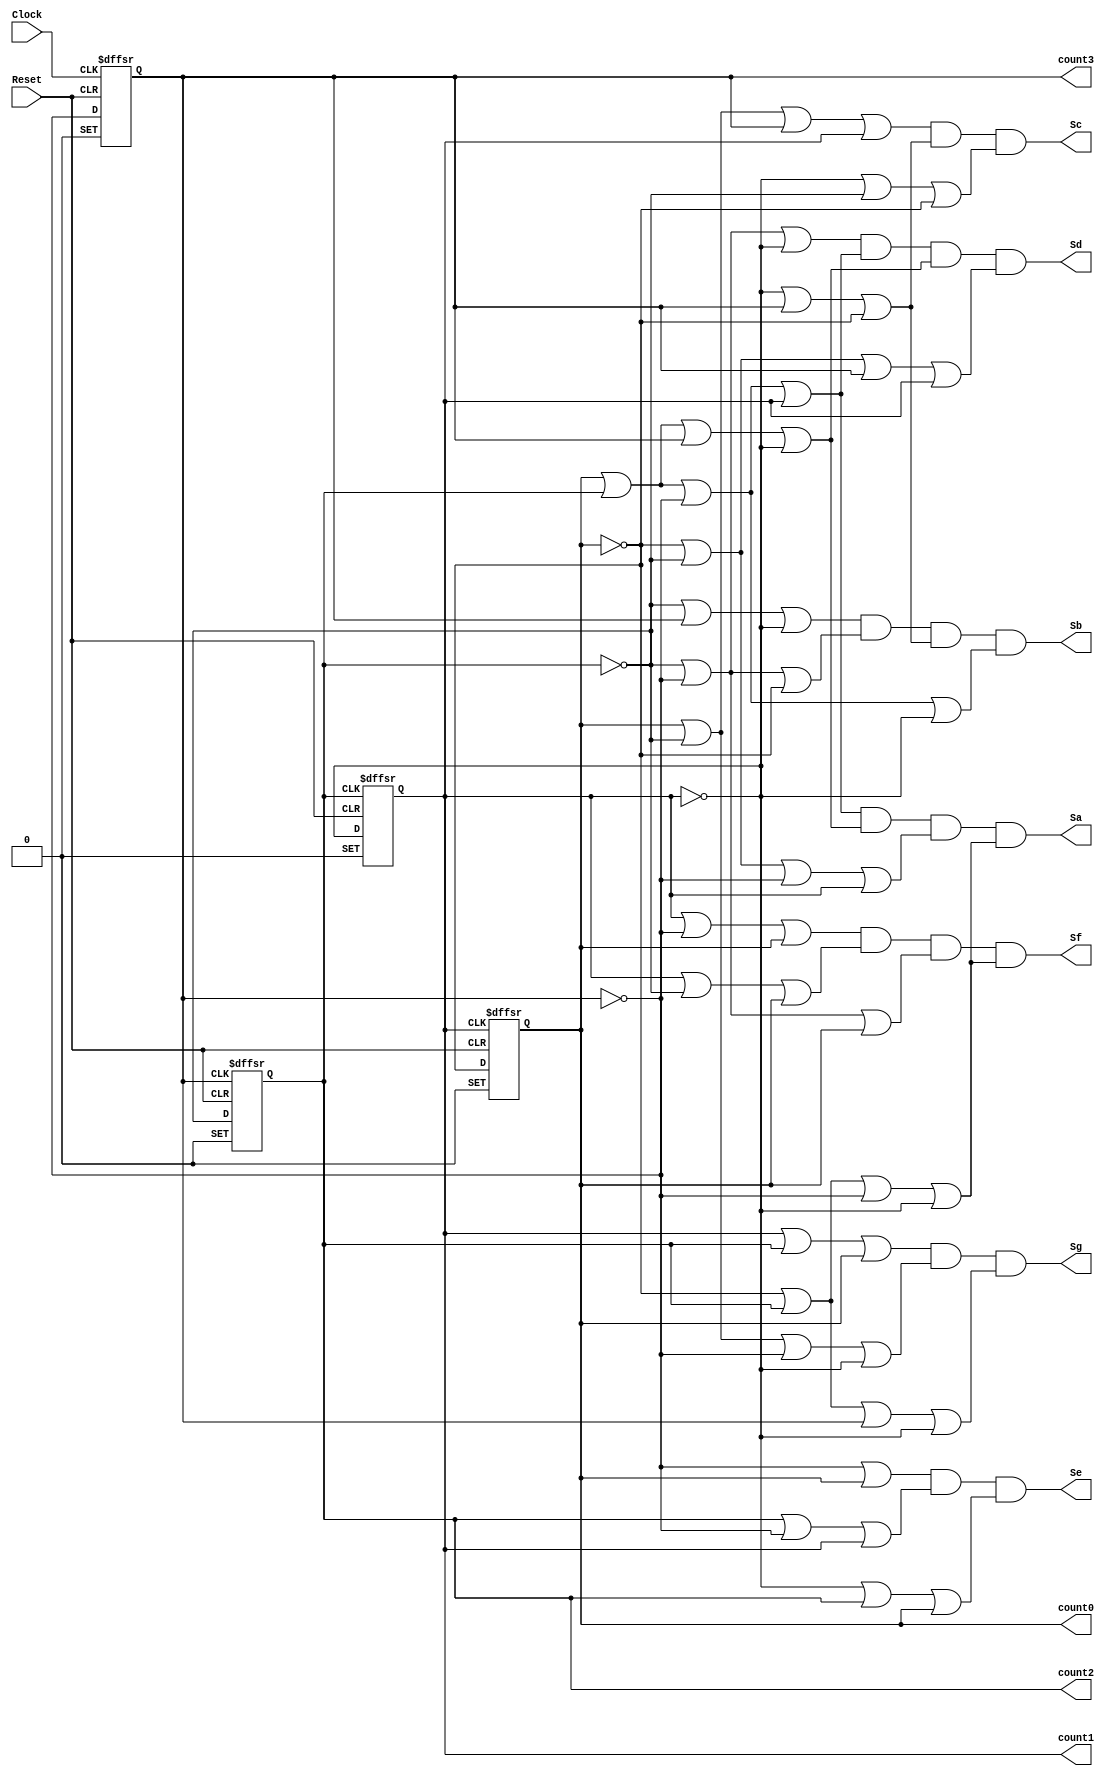
// Copyright (C) 2023  Intel Corporation. All rights reserved.
// Your use of Intel Corporation's design tools, logic functions 
// and other software and tools, and any partner logic 
// functions, and any output files from any of the foregoing 
// (including device programming or simulation files), and any 
// associated documentation or information are expressly subject 
// to the terms and conditions of the Intel Program License 
// Subscription Agreement, the Intel Quartus Prime License Agreement,
// the Intel FPGA IP License Agreement, or other applicable license
// agreement, including, without limitation, that your use is for
// the sole purpose of programming logic devices manufactured by
// Intel and sold by Intel or its authorized distributors.  Please
// refer to the applicable agreement for further details, at
// https://fpgasoftware.intel.com/eula.

// PROGRAM		"Quartus Prime"
// VERSION		"Version 22.1std.2 Build 922 07/20/2023 SC Lite Edition"
// CREATED		"Tue Oct  3 16:21:13 2023"

module HD3(
	Reset,
	Clock,
	Sb,
	Sc,
	Sd,
	Se,
	Sf,
	Sg,
	Sa,
	count3,
	count2,
	count1,
	count0
);


input wire	Reset;
input wire	Clock;
output wire	Sb;
output wire	Sc;
output wire	Sd;
output wire	Se;
output wire	Sf;
output wire	Sg;
output wire	Sa;
output wire	count3;
output wire	count2;
output wire	count1;
output wire	count0;

reg	SYNTHESIZED_WIRE_81;
reg	SYNTHESIZED_WIRE_82;
wire	SYNTHESIZED_WIRE_83;
wire	SYNTHESIZED_WIRE_1;
wire	SYNTHESIZED_WIRE_84;
wire	SYNTHESIZED_WIRE_85;
reg	SYNTHESIZED_WIRE_86;
wire	SYNTHESIZED_WIRE_87;
wire	SYNTHESIZED_WIRE_88;
wire	SYNTHESIZED_WIRE_89;
reg	SYNTHESIZED_WIRE_90;
wire	SYNTHESIZED_WIRE_91;
wire	SYNTHESIZED_WIRE_15;
wire	SYNTHESIZED_WIRE_16;
wire	SYNTHESIZED_WIRE_17;
wire	SYNTHESIZED_WIRE_18;
wire	SYNTHESIZED_WIRE_92;
wire	SYNTHESIZED_WIRE_52;
wire	SYNTHESIZED_WIRE_53;
wire	SYNTHESIZED_WIRE_54;
wire	SYNTHESIZED_WIRE_55;
wire	SYNTHESIZED_WIRE_56;
wire	SYNTHESIZED_WIRE_57;
wire	SYNTHESIZED_WIRE_58;
wire	SYNTHESIZED_WIRE_59;
wire	SYNTHESIZED_WIRE_60;
wire	SYNTHESIZED_WIRE_61;
wire	SYNTHESIZED_WIRE_62;
wire	SYNTHESIZED_WIRE_63;
wire	SYNTHESIZED_WIRE_64;
wire	SYNTHESIZED_WIRE_65;
wire	SYNTHESIZED_WIRE_66;
wire	SYNTHESIZED_WIRE_67;
wire	SYNTHESIZED_WIRE_68;
wire	SYNTHESIZED_WIRE_77;
wire	SYNTHESIZED_WIRE_78;
wire	SYNTHESIZED_WIRE_79;
wire	SYNTHESIZED_WIRE_80;

assign	count3 = SYNTHESIZED_WIRE_90;
assign	count2 = SYNTHESIZED_WIRE_86;
assign	count1 = SYNTHESIZED_WIRE_82;
assign	count0 = SYNTHESIZED_WIRE_81;
assign	SYNTHESIZED_WIRE_84 = 1;



assign	SYNTHESIZED_WIRE_91 =  ~SYNTHESIZED_WIRE_81;

assign	SYNTHESIZED_WIRE_88 =  ~SYNTHESIZED_WIRE_82;


always@(posedge SYNTHESIZED_WIRE_83 or negedge Reset or negedge SYNTHESIZED_WIRE_84)
begin
if (!Reset)
	begin
	SYNTHESIZED_WIRE_81 <= 0;
	end
else
if (!SYNTHESIZED_WIRE_84)
	begin
	SYNTHESIZED_WIRE_81 <= 1;
	end
else
	begin
	SYNTHESIZED_WIRE_81 <= SYNTHESIZED_WIRE_1;
	end
end


always@(posedge Clock or negedge Reset or negedge SYNTHESIZED_WIRE_84)
begin
if (!Reset)
	begin
	SYNTHESIZED_WIRE_90 <= 0;
	end
else
if (!SYNTHESIZED_WIRE_84)
	begin
	SYNTHESIZED_WIRE_90 <= 1;
	end
else
	begin
	SYNTHESIZED_WIRE_90 <= SYNTHESIZED_WIRE_85;
	end
end

assign	SYNTHESIZED_WIRE_18 = SYNTHESIZED_WIRE_81 | SYNTHESIZED_WIRE_86 | SYNTHESIZED_WIRE_87 | SYNTHESIZED_WIRE_88;

assign	SYNTHESIZED_WIRE_58 = SYNTHESIZED_WIRE_81 | SYNTHESIZED_WIRE_89 | SYNTHESIZED_WIRE_90 | SYNTHESIZED_WIRE_82;

assign	SYNTHESIZED_WIRE_15 = SYNTHESIZED_WIRE_89 | SYNTHESIZED_WIRE_90 | SYNTHESIZED_WIRE_88;

assign	SYNTHESIZED_WIRE_16 = SYNTHESIZED_WIRE_89 | SYNTHESIZED_WIRE_87 | SYNTHESIZED_WIRE_91;

assign	SYNTHESIZED_WIRE_17 = SYNTHESIZED_WIRE_88 | SYNTHESIZED_WIRE_90 | SYNTHESIZED_WIRE_91;

assign	Sb = SYNTHESIZED_WIRE_15 & SYNTHESIZED_WIRE_16 & SYNTHESIZED_WIRE_17 & SYNTHESIZED_WIRE_18;

assign	SYNTHESIZED_WIRE_59 = SYNTHESIZED_WIRE_88 | SYNTHESIZED_WIRE_90 | SYNTHESIZED_WIRE_91;

assign	SYNTHESIZED_WIRE_60 = SYNTHESIZED_WIRE_88 | SYNTHESIZED_WIRE_89 | SYNTHESIZED_WIRE_91;

assign	SYNTHESIZED_WIRE_89 =  ~SYNTHESIZED_WIRE_86;

assign	SYNTHESIZED_WIRE_61 = SYNTHESIZED_WIRE_89 | SYNTHESIZED_WIRE_87 | SYNTHESIZED_WIRE_88;

assign	SYNTHESIZED_WIRE_62 = SYNTHESIZED_WIRE_81 | SYNTHESIZED_WIRE_86 | SYNTHESIZED_WIRE_87 | SYNTHESIZED_WIRE_82;

assign	SYNTHESIZED_WIRE_63 = SYNTHESIZED_WIRE_81 | SYNTHESIZED_WIRE_86 | SYNTHESIZED_WIRE_90 | SYNTHESIZED_WIRE_88;

assign	SYNTHESIZED_WIRE_64 = SYNTHESIZED_WIRE_91 | SYNTHESIZED_WIRE_89 | SYNTHESIZED_WIRE_90 | SYNTHESIZED_WIRE_82;

assign	SYNTHESIZED_WIRE_56 = SYNTHESIZED_WIRE_86 | SYNTHESIZED_WIRE_87 | SYNTHESIZED_WIRE_82;

assign	SYNTHESIZED_WIRE_57 = SYNTHESIZED_WIRE_88 | SYNTHESIZED_WIRE_86 | SYNTHESIZED_WIRE_81;

assign	SYNTHESIZED_WIRE_55 = SYNTHESIZED_WIRE_87 | SYNTHESIZED_WIRE_81;

assign	SYNTHESIZED_WIRE_65 = SYNTHESIZED_WIRE_82 | SYNTHESIZED_WIRE_87 | SYNTHESIZED_WIRE_81;

assign	SYNTHESIZED_WIRE_66 = SYNTHESIZED_WIRE_82 | SYNTHESIZED_WIRE_89 | SYNTHESIZED_WIRE_81;

assign	SYNTHESIZED_WIRE_67 = SYNTHESIZED_WIRE_89 | SYNTHESIZED_WIRE_87 | SYNTHESIZED_WIRE_81;

assign	SYNTHESIZED_WIRE_87 =  ~SYNTHESIZED_WIRE_90;

assign	SYNTHESIZED_WIRE_68 = SYNTHESIZED_WIRE_91 | SYNTHESIZED_WIRE_86 | SYNTHESIZED_WIRE_87 | SYNTHESIZED_WIRE_88;

assign	SYNTHESIZED_WIRE_53 = SYNTHESIZED_WIRE_81 | SYNTHESIZED_WIRE_89 | SYNTHESIZED_WIRE_87 | SYNTHESIZED_WIRE_88;

assign	SYNTHESIZED_WIRE_54 = SYNTHESIZED_WIRE_91 | SYNTHESIZED_WIRE_86 | SYNTHESIZED_WIRE_90 | SYNTHESIZED_WIRE_88;


always@(posedge SYNTHESIZED_WIRE_85 or negedge Reset or negedge SYNTHESIZED_WIRE_84)
begin
if (!Reset)
	begin
	SYNTHESIZED_WIRE_86 <= 0;
	end
else
if (!SYNTHESIZED_WIRE_84)
	begin
	SYNTHESIZED_WIRE_86 <= 1;
	end
else
	begin
	SYNTHESIZED_WIRE_86 <= SYNTHESIZED_WIRE_92;
	end
end

assign	SYNTHESIZED_WIRE_52 = SYNTHESIZED_WIRE_82 | SYNTHESIZED_WIRE_86 | SYNTHESIZED_WIRE_81;


always@(posedge SYNTHESIZED_WIRE_92 or negedge Reset or negedge SYNTHESIZED_WIRE_84)
begin
if (!Reset)
	begin
	SYNTHESIZED_WIRE_82 <= 0;
	end
else
if (!SYNTHESIZED_WIRE_84)
	begin
	SYNTHESIZED_WIRE_82 <= 1;
	end
else
	begin
	SYNTHESIZED_WIRE_82 <= SYNTHESIZED_WIRE_83;
	end
end

assign	SYNTHESIZED_WIRE_1 =  ~SYNTHESIZED_WIRE_81;

assign	SYNTHESIZED_WIRE_83 =  ~SYNTHESIZED_WIRE_82;

assign	SYNTHESIZED_WIRE_85 =  ~SYNTHESIZED_WIRE_90;

assign	Sg = SYNTHESIZED_WIRE_52 & SYNTHESIZED_WIRE_53 & SYNTHESIZED_WIRE_54;

assign	Se = SYNTHESIZED_WIRE_55 & SYNTHESIZED_WIRE_56 & SYNTHESIZED_WIRE_57;

assign	Sc = SYNTHESIZED_WIRE_58 & SYNTHESIZED_WIRE_59 & SYNTHESIZED_WIRE_60;

assign	Sd = SYNTHESIZED_WIRE_61 & SYNTHESIZED_WIRE_62 & SYNTHESIZED_WIRE_63 & SYNTHESIZED_WIRE_64;

assign	Sf = SYNTHESIZED_WIRE_65 & SYNTHESIZED_WIRE_66 & SYNTHESIZED_WIRE_67 & SYNTHESIZED_WIRE_68;

assign	SYNTHESIZED_WIRE_92 =  ~SYNTHESIZED_WIRE_86;


assign	SYNTHESIZED_WIRE_77 = SYNTHESIZED_WIRE_81 | SYNTHESIZED_WIRE_86 | SYNTHESIZED_WIRE_87 | SYNTHESIZED_WIRE_82;

assign	SYNTHESIZED_WIRE_78 = SYNTHESIZED_WIRE_81 | SYNTHESIZED_WIRE_86 | SYNTHESIZED_WIRE_90 | SYNTHESIZED_WIRE_88;

assign	SYNTHESIZED_WIRE_79 = SYNTHESIZED_WIRE_91 | SYNTHESIZED_WIRE_89 | SYNTHESIZED_WIRE_87 | SYNTHESIZED_WIRE_82;

assign	SYNTHESIZED_WIRE_80 = SYNTHESIZED_WIRE_91 | SYNTHESIZED_WIRE_86 | SYNTHESIZED_WIRE_87 | SYNTHESIZED_WIRE_88;

assign	Sa = SYNTHESIZED_WIRE_77 & SYNTHESIZED_WIRE_78 & SYNTHESIZED_WIRE_79 & SYNTHESIZED_WIRE_80;


endmodule